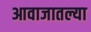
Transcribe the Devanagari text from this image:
आवाजातल्या